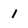
Character: 1